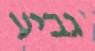
גביע